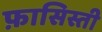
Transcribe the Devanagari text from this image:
फ़ासिस्ती